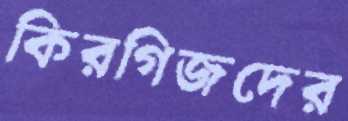
কিরগিজদের